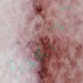
الانكليزية